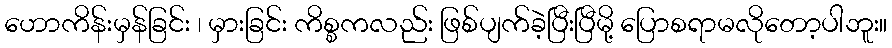
ဟောကိန်းမှန်ခြင်း ၊ မှားခြင်း ကိစ္စကလည်း ဖြစ်ပျက်ခဲ့ပြီးပြီမို့ ပြောစရာမလိုတော့ပါဘူး။